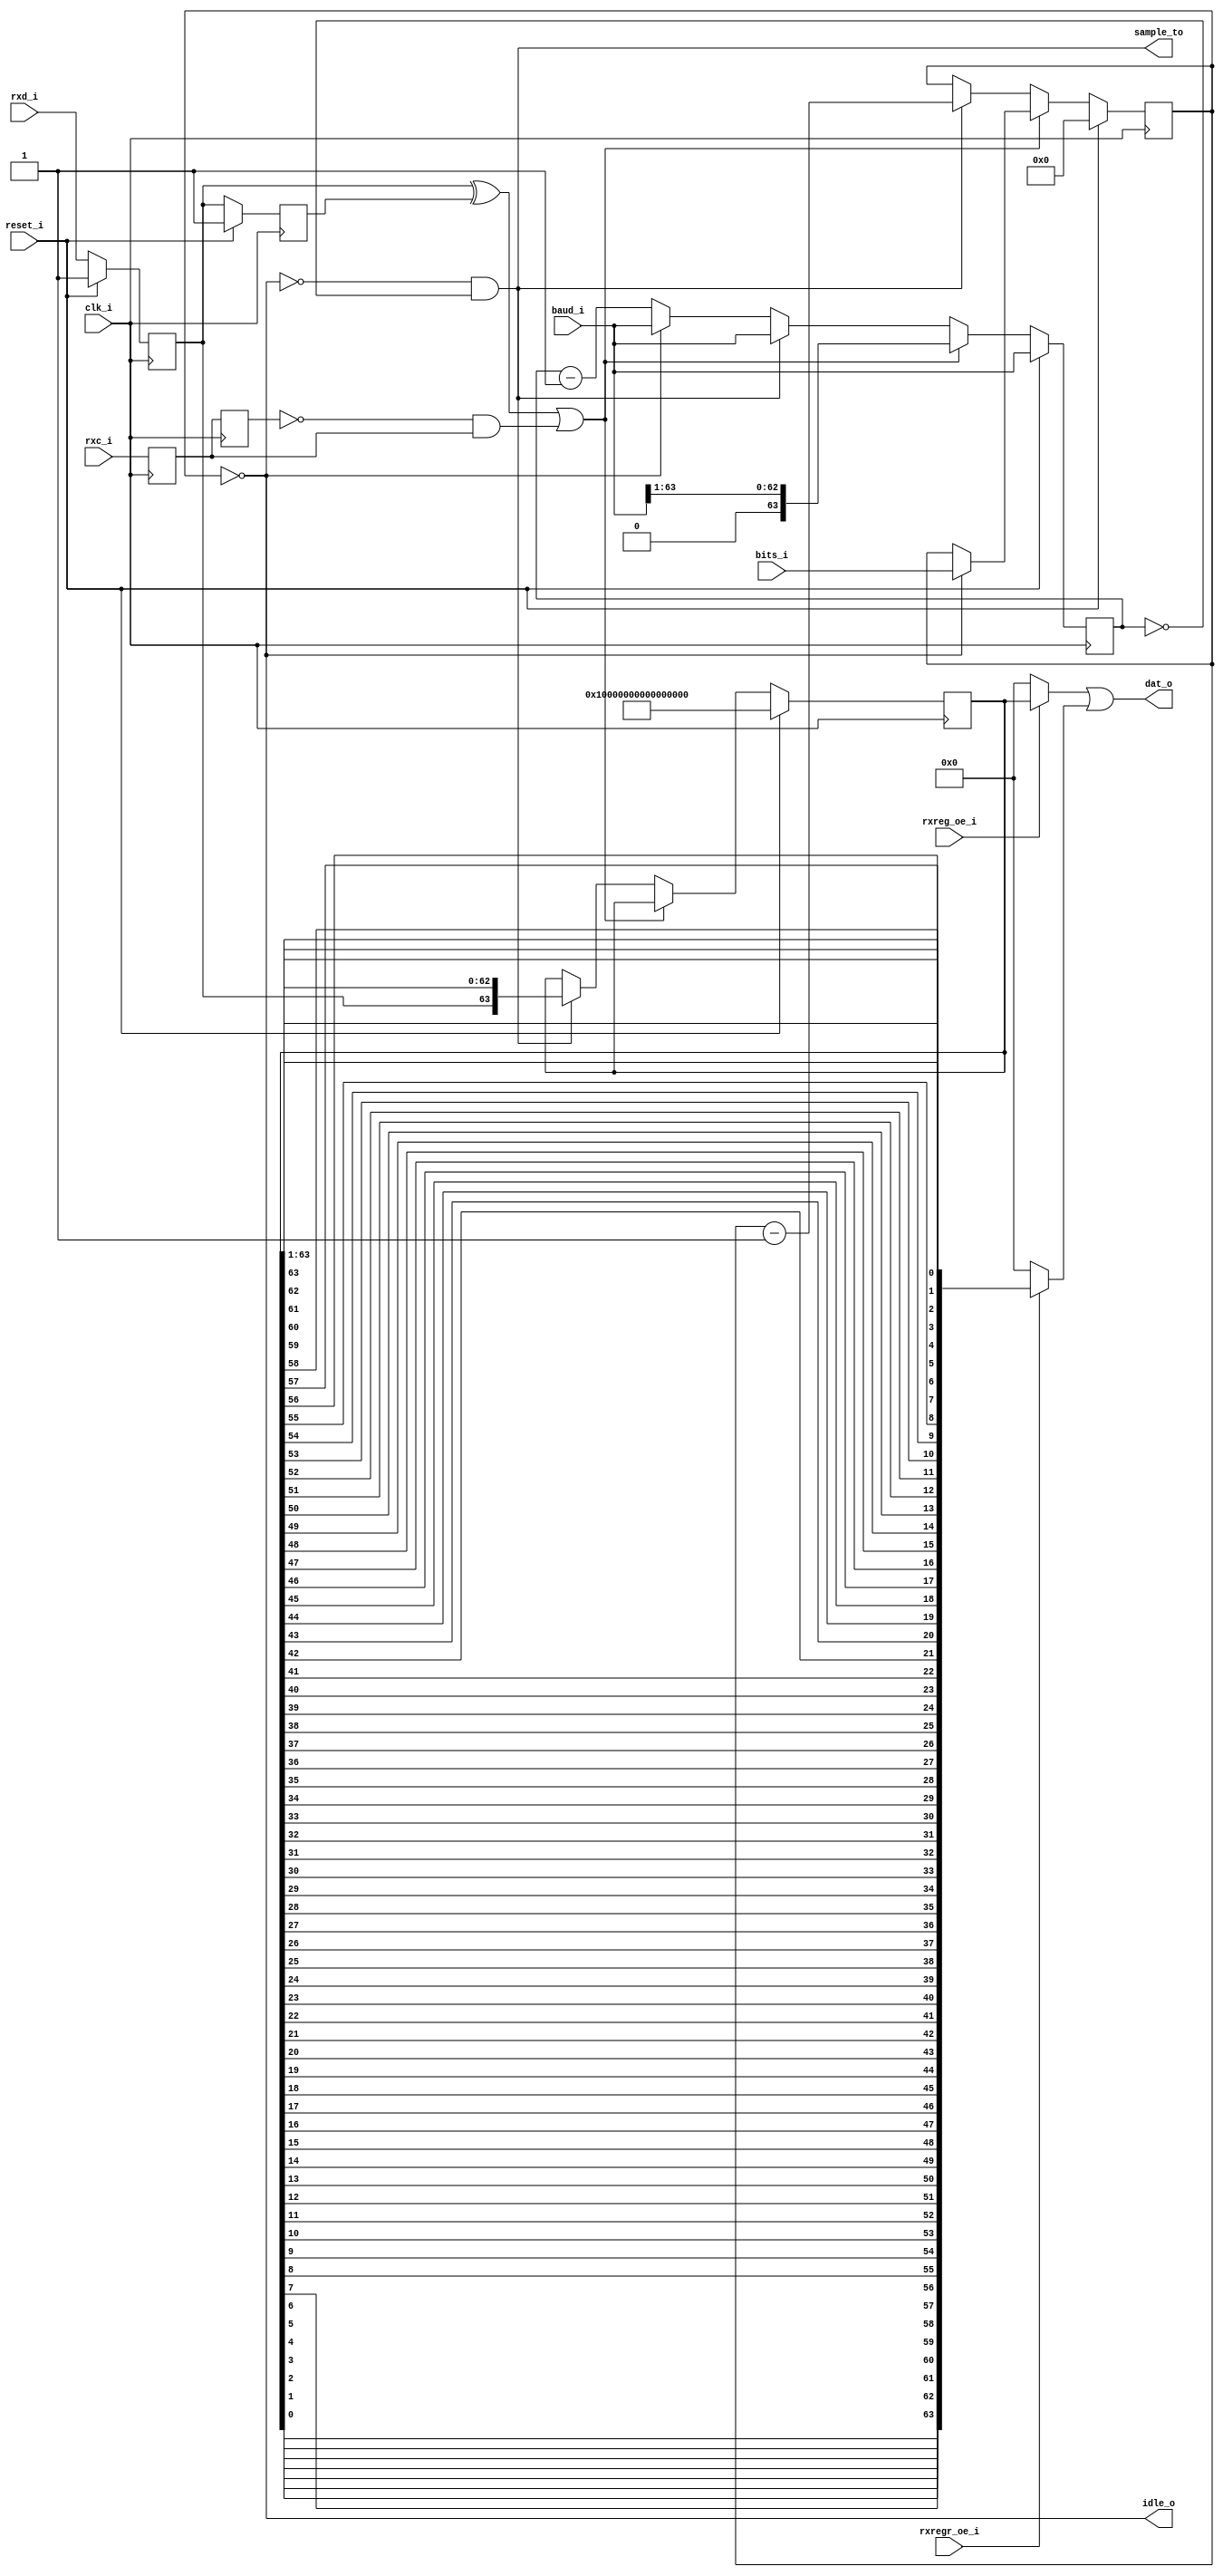
module xsr(
	input		clk_i,
	input		reset_i,

	input	[5:0]	bits_i,
	input	[63:0]	baud_i,
	input		rxd_i,
	input		rxc_i,
	input		rxreg_oe_i,
	input		rxregr_oe_i,

	output	[63:0]	dat_o,

	output		idle_o,
	output		sample_to
);
	parameter	SHIFT_REG_WIDTH=64;

	parameter	SRW = SHIFT_REG_WIDTH - 1;

	reg	[SRW:0]	shiftRegister;
	reg	[63:0]	sampleCtr;
	reg	[5:0]	bitsLeft;
	reg		d0, d1, c0, c1;

	wire edgeDetected = (d0 ^ d1) | (~c1 & c0);
	wire sampleBit = ~idle_o && (sampleCtr == 0);
	wire	[SRW:0]	shiftRegister_rev;

	genvar i;
	generate
		for(i = 0; i <= SRW; i = i + 1) begin
			assign shiftRegister_rev[i] = shiftRegister[SRW-i];
		end
	endgenerate

	assign idle_o = (bitsLeft == 0);
	assign dat_o = (rxreg_oe_i ? shiftRegister : 0)
		| (rxregr_oe_i ? shiftRegister_rev : 0);

	always @(posedge clk_i) begin
		shiftRegister <= shiftRegister;
		bitsLeft <= bitsLeft;
		sampleCtr <= sampleCtr;
		d1 <= d0;
		d0 <= rxd_i;
		c1 <= c0;
		c0 <= rxc_i;

		if(reset_i) begin
			shiftRegister <= ~(0);
			bitsLeft <= 0;
			sampleCtr <= baud_i;
			d0 <= 1;
			d1 <= 1;
		end

		else begin
			if(edgeDetected) begin
				if(idle_o) begin
					bitsLeft <= bits_i;
				end
				sampleCtr <= {1'b0, baud_i[63:1]};
			end
			else if(sampleBit) begin
				sampleCtr <= baud_i;
				bitsLeft <= bitsLeft - 1;
				shiftRegister <= {d0, shiftRegister[SRW:1]};
			end
			else if(idle_o) begin
				sampleCtr <= baud_i;
			end
			else begin
				sampleCtr <= sampleCtr - 1;
			end
		end
	end

	assign sample_to = sampleBit;
endmodule